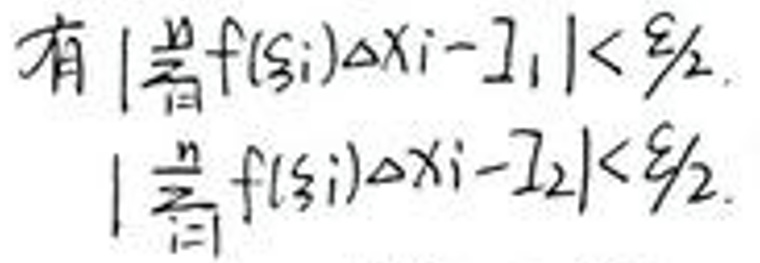
有\(\left|\sum_{i = 1}^{n}f(\xi_{i})\Delta x_{i}-I_{1}\right|<\frac{\varepsilon}{2}\)，\(\left|\sum_{i = 1}^{n}f(\xi_{i})\Delta x_{i}-I_{2}\right|<\frac{\varepsilon}{2}\)